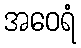
အဝေရံ